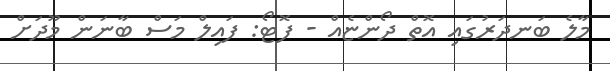
މާލެ ބަނދަރުގައި އޮތް ދޯންޏެއް - ފޮޓޯ: ފައިލް މަސް ބާނަން މޫދަށް